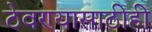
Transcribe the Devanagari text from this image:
ठेवण्यासाठीही